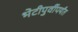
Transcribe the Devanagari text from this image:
भेटीपुर्वीपर्यंत